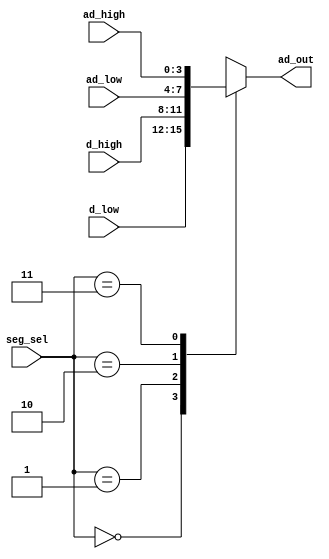
`timescale 1ns / 1ps
//////////////////////////////////////////////////////////////////////////////////
// 
// Partner:        Edward Mares
// 
// Module Name:    ad_mux 
// 
// Description:    This multiplexer mudule is used to select what data input are to 
//                 be assigned to the ad_out output and driven to the seven segment
//                 display. The value of the ad_out is chosen based on the seg_sel
//                 input that was generated by our led_controller module.
//
// Dependencies: 
//
// Revision: 
// Revision 0.01 - File Created
// Additional Comments: 
//
//////////////////////////////////////////////////////////////////////////////////

module ad_mux(seg_sel, ad_high, ad_low, d_high, d_low, ad_out);

   //Inputs
   input          [1:0] seg_sel;
   input          [3:0] ad_high, ad_low, d_high, d_low;
   
   //Ouput
   output         [3:0] ad_out;
   reg            [3:0] ad_out;
   
   always @(seg_sel or ad_high or ad_low or d_high or d_low)   
      case (seg_sel)      
         2'b00  :      ad_out =  d_low;    //annode 0
         2'b01  :      ad_out =  d_high;   //annode 1
         2'b10  :      ad_out =  ad_low;   //annode 2
         2'b11  :      ad_out =  ad_high;  //annode 3
         default:    ad_out =  4'bx;  //default output   
      endcase      
endmodule